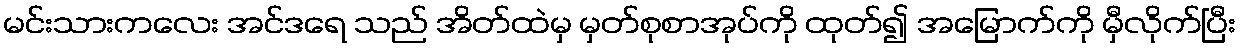
မင်းသားကလေး အင်ဒရေ သည် အိတ်ထဲမှ မှတ်စုစာအုပ်ကို ထုတ်၍ အမြောက်ကို မှီလိုက်ပြီး